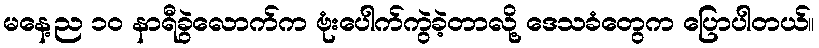
မနေ့ည ၁၀ နာရီခွဲလောက်က ဗုံးပေါက်ကွဲခဲ့တာလို့ ဒေသခံတွေက ပြောပါတယ်။